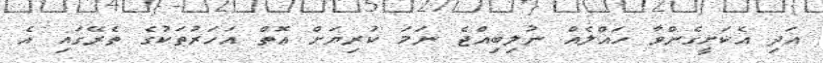
އަދި އެކަށީގެންވާ ހައްލެއް ނުލިބިއްޖެ ނަމަ ކުރިޔަށް އޮތް އަހަރުތަކުގެ ތެރޭގައި އެ